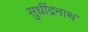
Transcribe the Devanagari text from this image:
सुधींद्रनाथ